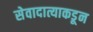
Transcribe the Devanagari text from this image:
सेवादात्याकडून